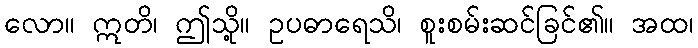
လော။ ဣတိ၊ ဤသို့။ ဥပဓာရေသိ၊ စူးစမ်းဆင်ခြင်၏။ အထ၊